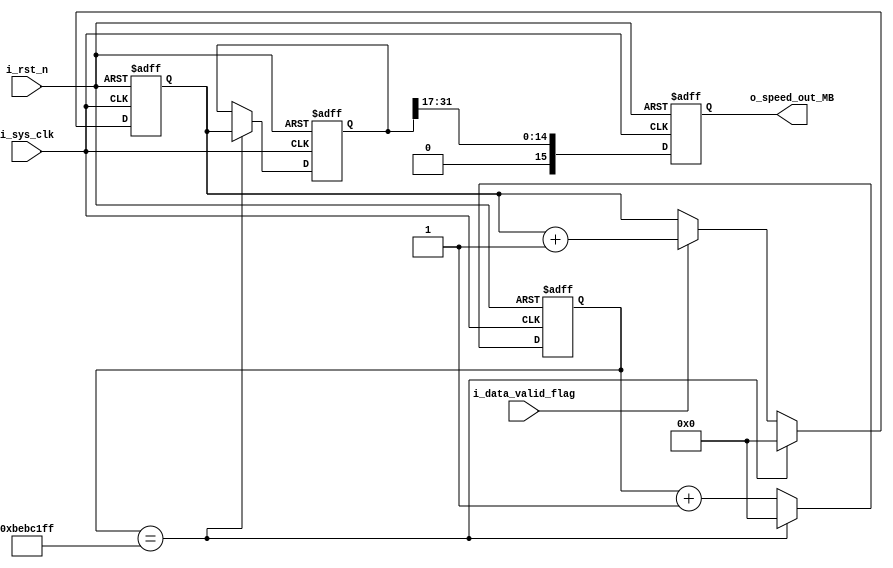
//////////////////////////////////////////////////////////////////////////////////
// Company: 
// 
// Design Name: 
// Module Name: speed_test
// Project Name: 
// Target Devices: 
// Tool Versions: 
// Description: 
// 
// Dependencies: 
// 
// Revision:
// Revision 0.01 - File Created
// Additional Comments:
// 
//////////////////////////////////////////////////////////////////////////////////

module test_speed
#(	parameter		CLK_FRE = 'd200_000_000,
	parameter		DATA_WIDTH = 64
)
(
	input				i_data_valid_flag		,
	input				i_sys_clk				,		//x
	input				i_rst_n					,
	
	output	reg [15:0]	o_speed_out_MB
);

	reg		[31:0]	speed		=	'd0;
	reg		[31:0]	clk_cnt		=	'd0;
	reg		[31:0]	speed_out	=	'd0;

always@(posedge i_sys_clk or negedge i_rst_n)begin
	if(!i_rst_n)
		o_speed_out_MB<='d0;
	else case(DATA_WIDTH)
		32	:o_speed_out_MB<=speed_out>>18;
		64	:o_speed_out_MB<=speed_out>>17;
		128	:o_speed_out_MB<=speed_out>>16;
		256	:o_speed_out_MB<=speed_out>>15;
		512	:o_speed_out_MB<=speed_out>>14;
		default:o_speed_out_MB<=speed_out;
		endcase
end

always@(posedge i_sys_clk or negedge i_rst_n)begin
	if(!i_rst_n)begin
		clk_cnt<='d0;
		speed<='d0;
		speed_out<='d0;
	end 
	else if(clk_cnt==CLK_FRE-1)begin
			clk_cnt<='d0;
			speed<='d0;
			speed_out<=speed;
		end 
	else begin
		if(i_data_valid_flag)
			speed<=speed+1'b1;
		else
			speed<=speed;
		clk_cnt<=clk_cnt+1'b1;
	end
end
// ********************************************************************************** // 
//---------------------------------------------------------------------
// DEBUG
//--------------------------------------------------------------------- 


endmodule
/*
//
test_speed
#(	.CLK_FRE				(),
	.DATA_WIDTH				()
)
test_xx
(
	.i_data_valid_flag		(),		//
	.i_sys_clk				(),		//
	.i_rst_n				(),	//
	
	.o_speed_out_MB			()		//16
);
*/